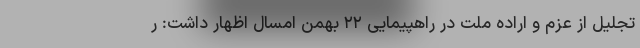
تجلیل از عزم و اراده ملت در راهپیمایی ۲۲ بهمن امسال اظهار داشت: ر